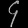
Digit: ၄